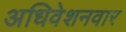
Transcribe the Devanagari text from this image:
अधिवेशनवार